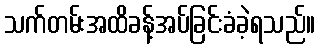
သက်တမ်းအထိခန့်အပ်ခြင်းခံခဲ့ရသည်။